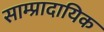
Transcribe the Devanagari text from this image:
साम्प्रादायिक